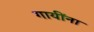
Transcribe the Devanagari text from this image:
गायींना